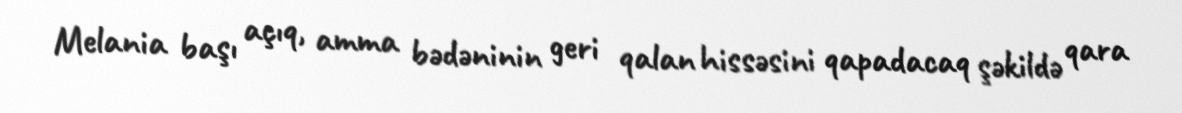
Melania başı açıq, amma bədəninin geri qalan hissəsini qapadacaq şəkildə qara